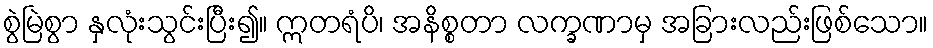
စွဲမြဲစွာ နှလုံးသွင်းပြီး၍။ ဣတရံပိ၊ အနိစ္စတာ လက္ခဏာမှ အခြားလည်းဖြစ်သော။